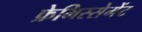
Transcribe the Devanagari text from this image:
फ्रेमिस्सेमेंट